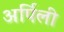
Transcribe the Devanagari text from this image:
अर्पिली